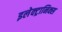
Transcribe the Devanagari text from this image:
इलेक्ट्रानिक्स